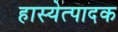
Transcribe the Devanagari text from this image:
हास्येत्पादक